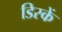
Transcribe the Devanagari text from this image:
डिस्कें